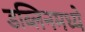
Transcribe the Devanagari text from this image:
डब्लिनमध्ये